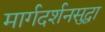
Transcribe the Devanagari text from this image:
मार्गदर्शनसुद्धा